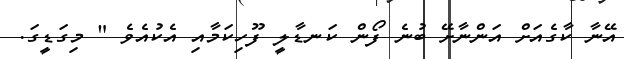
އޭނާ ކާގެއަށް އަންނާށޭ ބުނެ ފޯން ކަނޑާލީ ފޫހިކަމާއި އެކުއެވެ " މިގަޑީގަ.